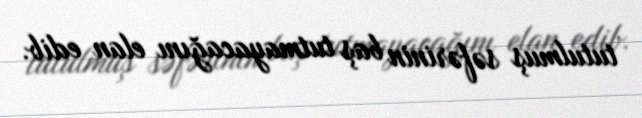
tutulmuş səfərinin baş tutmayacağını elan edib.